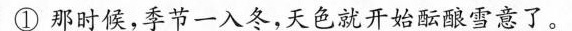
①那时候，季节一入冬，天色就开始酝酿雪意了。